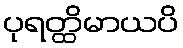
ပုရတ္ထိမာယပိ